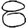
Digit: 8